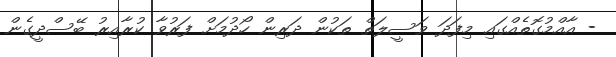
- އާއްމުގޮތެއްގައި މިފަދަ ވަސީލަތް ތަކުން ދަރިން ހޯދުމަށް ފަރުވާ ކުރާއިރު ބޭސްދީގެން